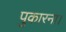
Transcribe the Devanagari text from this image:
पुकारना।